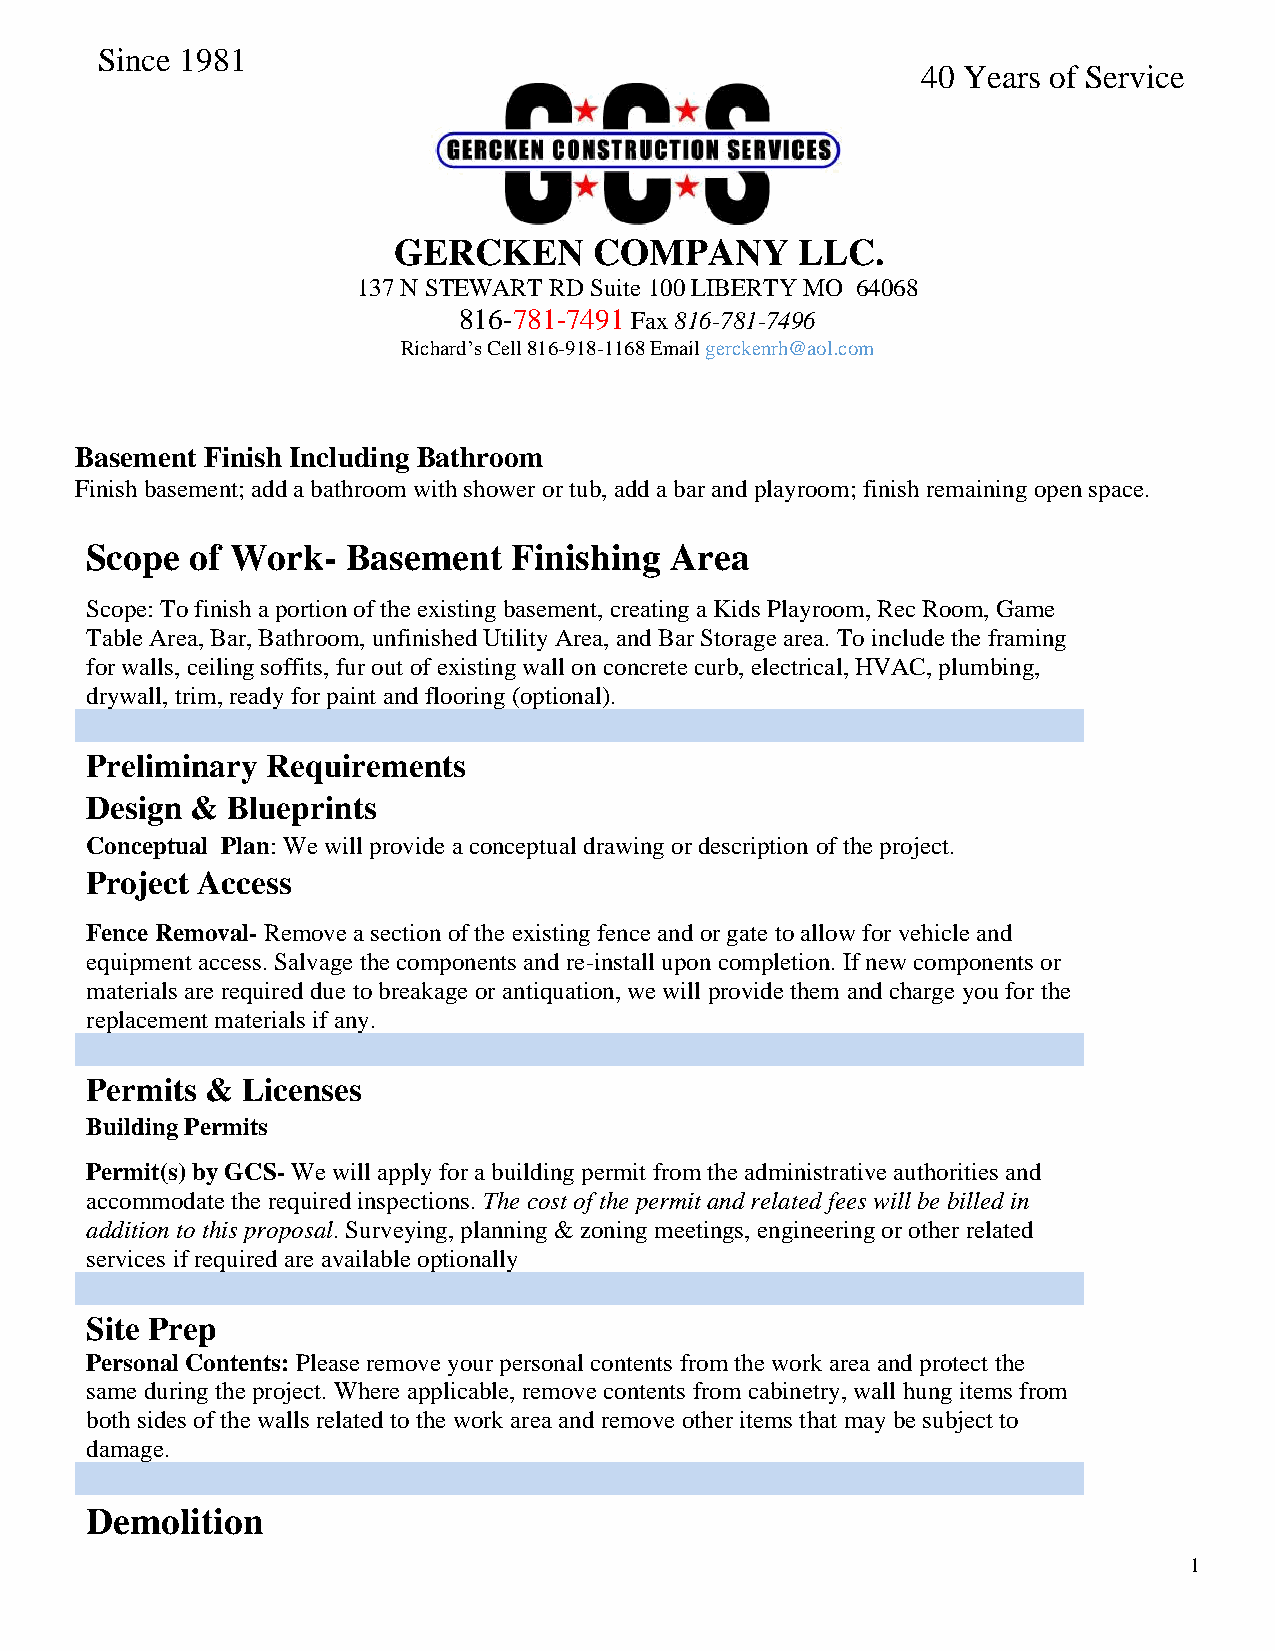
Since 1981
 40 Years of Service
 GERCKEN      COMPANY       LLC.
 137 N STEWART RD Suite 100 LIBERTY MO 64068
 816-781-7491 Fax 816-781-7496
 Richard’s Cell 816-918-1168 Email gerckenrh@aol.com
 Basement Finish Including Bathroom
 Finish basement; add a bathroom with shower or tub, add a bar and playroom; finish remaining open space.
 Scope  of Work-  Basement   Finishing Area
 Scope: To finish a portion of the existing basement, creating a Kids Playroom, Rec Room, Game
 Table Area, Bar, Bathroom, unfinished Utility Area, and Bar Storage area. To include the framing
 for walls, ceiling soffits, fur out of existing wall on concrete curb, electrical, HVAC, plumbing,
 drywall, trim, ready for paint and flooring (optional).
 Preliminary Requirements
 Design & Blueprints
 Conceptual Plan: We will provide a conceptual drawing or description of the project.
 Project Access
 Fence Removal- Remove a section of the existing fence and or gate to allow for vehicle and
 equipment access. Salvage the components and re-install upon completion. If new components or
 materials are required due to breakage or antiquation, we will provide them and charge you for the
 replacement materials if any.
 Permits & Licenses
 Building Permits
 Permit(s) by GCS- We will apply for a building permit from the administrative authorities and
 accommodate the required inspections. The cost of the permit and related fees will be billed in
 addition to this proposal. Surveying, planning & zoning meetings, engineering or other related
 services if required are available optionally
 Site Prep
 Personal Contents: Please remove your personal contents from the work area and protect the
 same during the project. Where applicable, remove contents from cabinetry, wall hung items from
 both sides of the walls related to the work area and remove other items that may be subject to
 damage.
 Demolition
 1